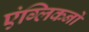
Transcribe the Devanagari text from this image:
एंग्लिकनों